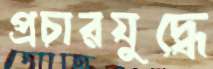
প্রচারযুদ্ধে